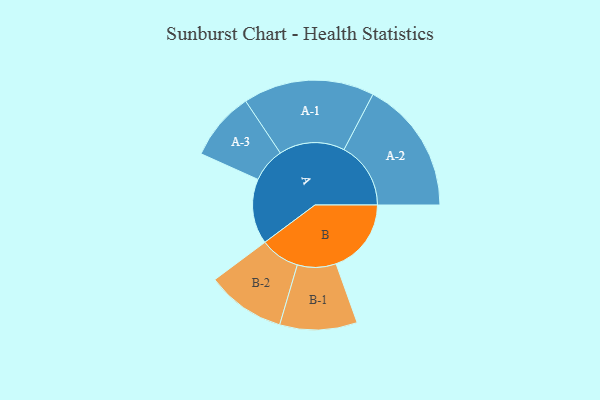
{"axis": {"x": "Segment", "y": "Value"}, "legend": ["", "A", "B"], "data": [{"x": "A", "y": 239, "type": ""}, {"x": "B", "y": 276, "type": ""}, {"x": "A-1", "y": 241, "type": "A"}, {"x": "A-2", "y": 245, "type": "A"}, {"x": "A-3", "y": 126, "type": "A"}, {"x": "B-1", "y": 142, "type": "B"}, {"x": "B-2", "y": 145, "type": "B"}]}